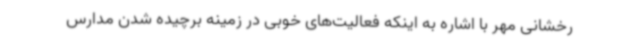
رخشانی مهر با اشاره به اینکه فعالیت‌های خوبی در زمینه برچیده شدن مدارس